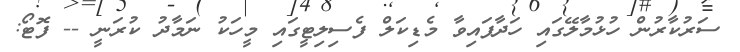
ސަރުކާރުން ހުޅުމާލޭގައި ހަދާފައިވާ މެޑިކަލް ފެސިލިޓީގައި މީހަކު ނަމާދު ކުރަނީ -- ފޮޓޯ: